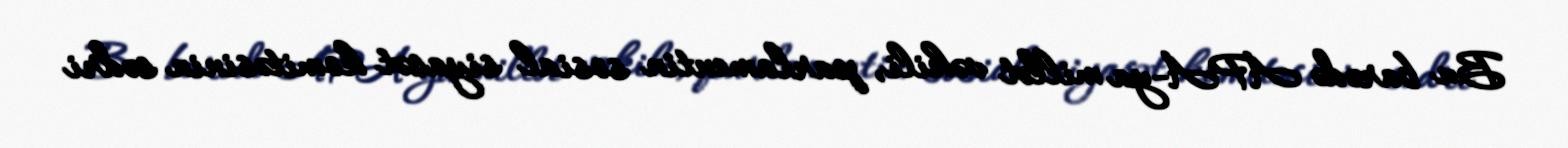
Bu barədə APA-ya millət vəkili, parlamentin sosial siyasət komitəsinin sədri